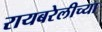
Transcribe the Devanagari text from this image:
रायबरेलीच्या